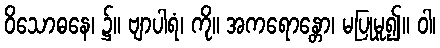
ဝိသောဓနေ၊ ၌။ ဗျာပါရံ၊ ကို။ အကရောန္တော၊ မပြုမူ၍။ ဝါ၊